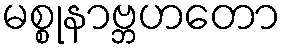
မစ္စုနာဗ္ဘဟတော